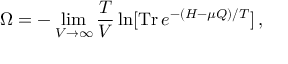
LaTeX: \Omega = - \operatorname * { l i m } _ { V \rightarrow \infty } \frac { T } { V } \ln [ \mathrm { T r } \, e ^ { - ( H - \mu Q ) / T } ] \, ,